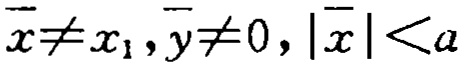
\(\overline{x} \neq x_1, \overline{y} \neq 0, |\overline{x}| < a\)